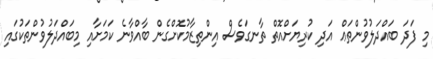
މި ފަދަ ބައްދަލުވުންތަޢް އަދި ކުރިޔަށްއޮތް ތާނގަވެސް އިންތިޒާމުކޮށްގެން ބާއްވާނެ ކަމަށާއި މިބައްދަލުވުންތަކުގައި